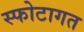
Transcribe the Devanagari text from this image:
स्फोटागत